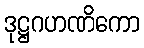
ဒုဋ္ဌဂဟဏိကော